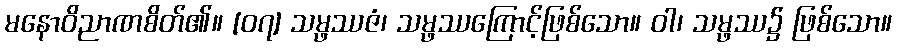
မနောဝိညာဏစိတ်၏။ [၀၇] သမ္ဖဿဇံ၊ သမ္ဖဿကြောင့်ဖြစ်သော။ ဝါ၊ သမ္ဖဿ၌ ဖြစ်သော။